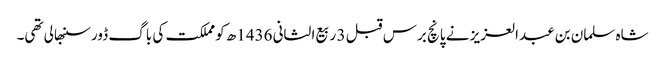
شاہ سلمان بن عبدالعزیز نے پانچ برس قبل 3 ربیع الثانی 1436ھ کو مملکت کی باگ ڈور سنبھالی تھی۔